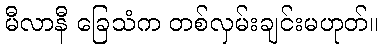
မီလာနီ ခြေသံက တစ်လှမ်းချင်းမဟုတ်။